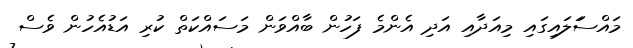
މައްސަަލައިގައި މިއަދާއި އަދި އެންމެ ފަހުން ބާއްވަން މަސައްކަތް ކުރި އަޑުއެހުން ވެސް